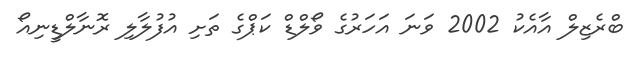
ބްރެޒިލް އާއެކު 2002 ވަނަ އަހަރުގެ ވޯލްޑް ކަޕްގެ ތަށި އުފުލާލި ރޮނާލްޑީނިއޯ